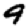
Digit: 9